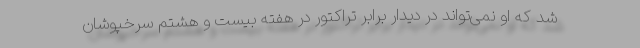
شد که او نمی‌تواند در دیدار برابر تراکتور در هفته بیست و هشتم سرخپوشان